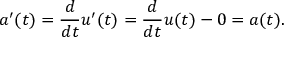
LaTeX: a ^ { \prime } ( t ) = { \frac { d } { d t } } u ^ { \prime } ( t ) = { \frac { d } { d t } } u ( t ) - 0 = a ( t ) .